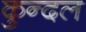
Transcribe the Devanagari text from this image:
कुन्दल